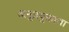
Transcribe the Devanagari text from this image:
अनुप्रयुक्ताचा